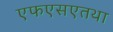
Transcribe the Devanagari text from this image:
एफएसएतथा